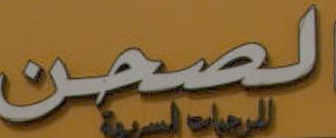
الصحن